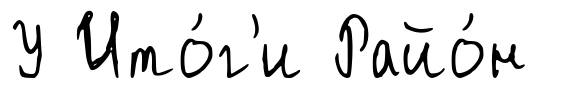
У Ито́г'и Райо́н